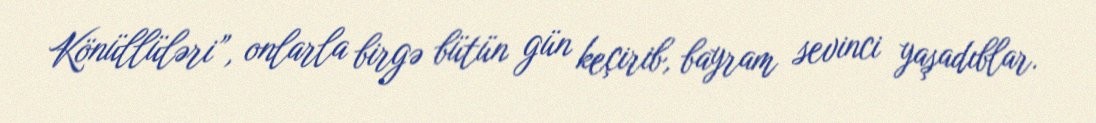
Könüllüləri”, onlarla birgə bütün gün keçirib, bayram sevinci yaşadıblar.